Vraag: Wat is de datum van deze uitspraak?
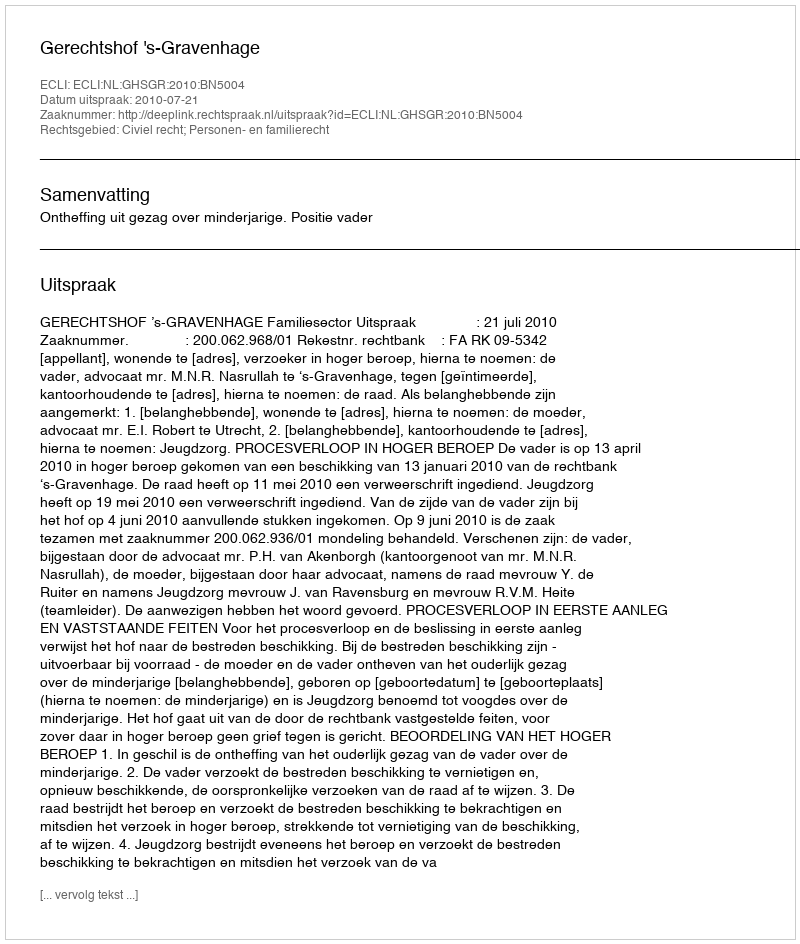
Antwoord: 2010-07-21